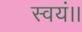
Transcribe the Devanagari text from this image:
स्वयं।।